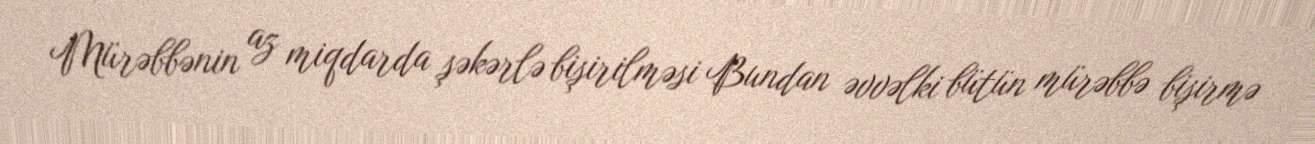
Mürəbbənin az miqdarda şəkərlə bişirilməsi Bundan əvvəlki bütün mürəbbə bişirmə